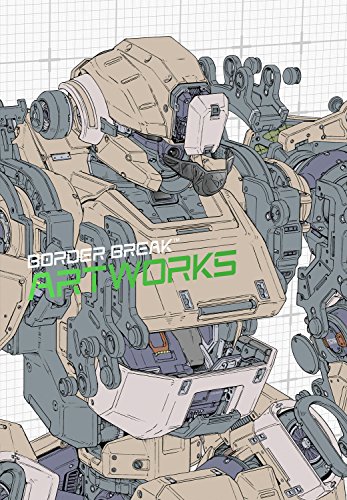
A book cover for Border Break Artworks; Sega; Arts & Photography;